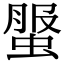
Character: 𧌘